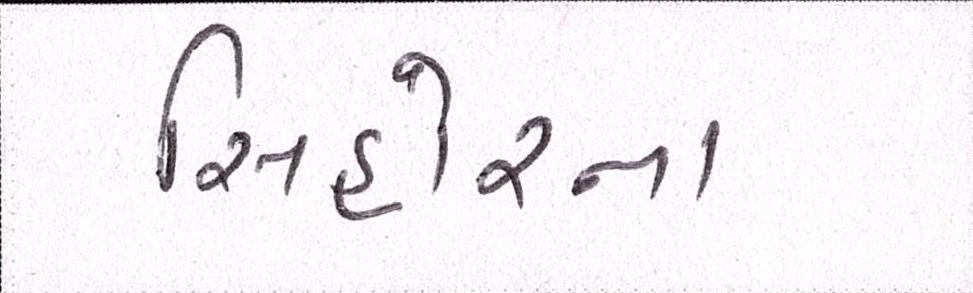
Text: સિહોરના